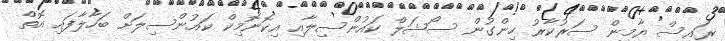
ރައީސް ޔާމީން ސަރުކާރު ހިންގުން ސޯޝަލް ކައުންސިލާއި އިކޮނޮމިކް ކައުންސިލަށް ބަހާލާފައި އޮތް